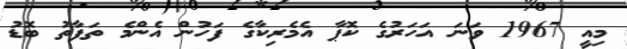
މިއީ 1967 ވަނަ އަހަރުގެ ކޮޕާ އެމެރިކާގެ ފަހުން އެންމެ ތަފާތު ބޮޑު